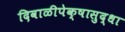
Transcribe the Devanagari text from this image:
दिवाळीपेक्षासुद्धा